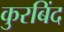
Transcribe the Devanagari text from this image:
कुरबिंद